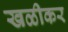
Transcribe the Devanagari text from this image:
खळीकर